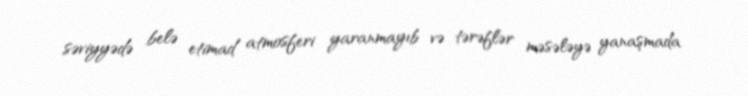
səviyyədə belə etimad atmosferi yaranmayıb və tərəflər məsələyə yanaşmada